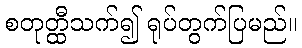
စတုတ္ထီသက်၍ ရုပ်တွက်ပြမည်။